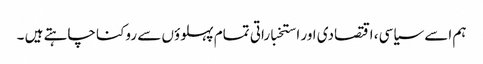
ہم اسے سیاسی، اقتصادی اور استخباراتی تمام پہلوؤں سے روکنا چاہتے ہیں ۔